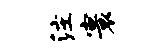
注寰